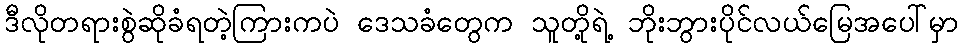
ဒီလိုတရားစွဲဆိုခံရတဲ့ကြားကပဲ ဒေသခံတွေက သူတို့ရဲ့ ဘိုးဘွားပိုင်လယ်မြေအပေါ်မှာ